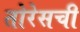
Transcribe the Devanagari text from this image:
तोरेसची